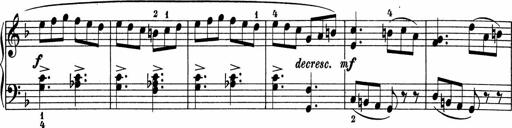
Title: 5 Sonatinen fÃ¼r die Jugend
Composer: Carl Reinecke